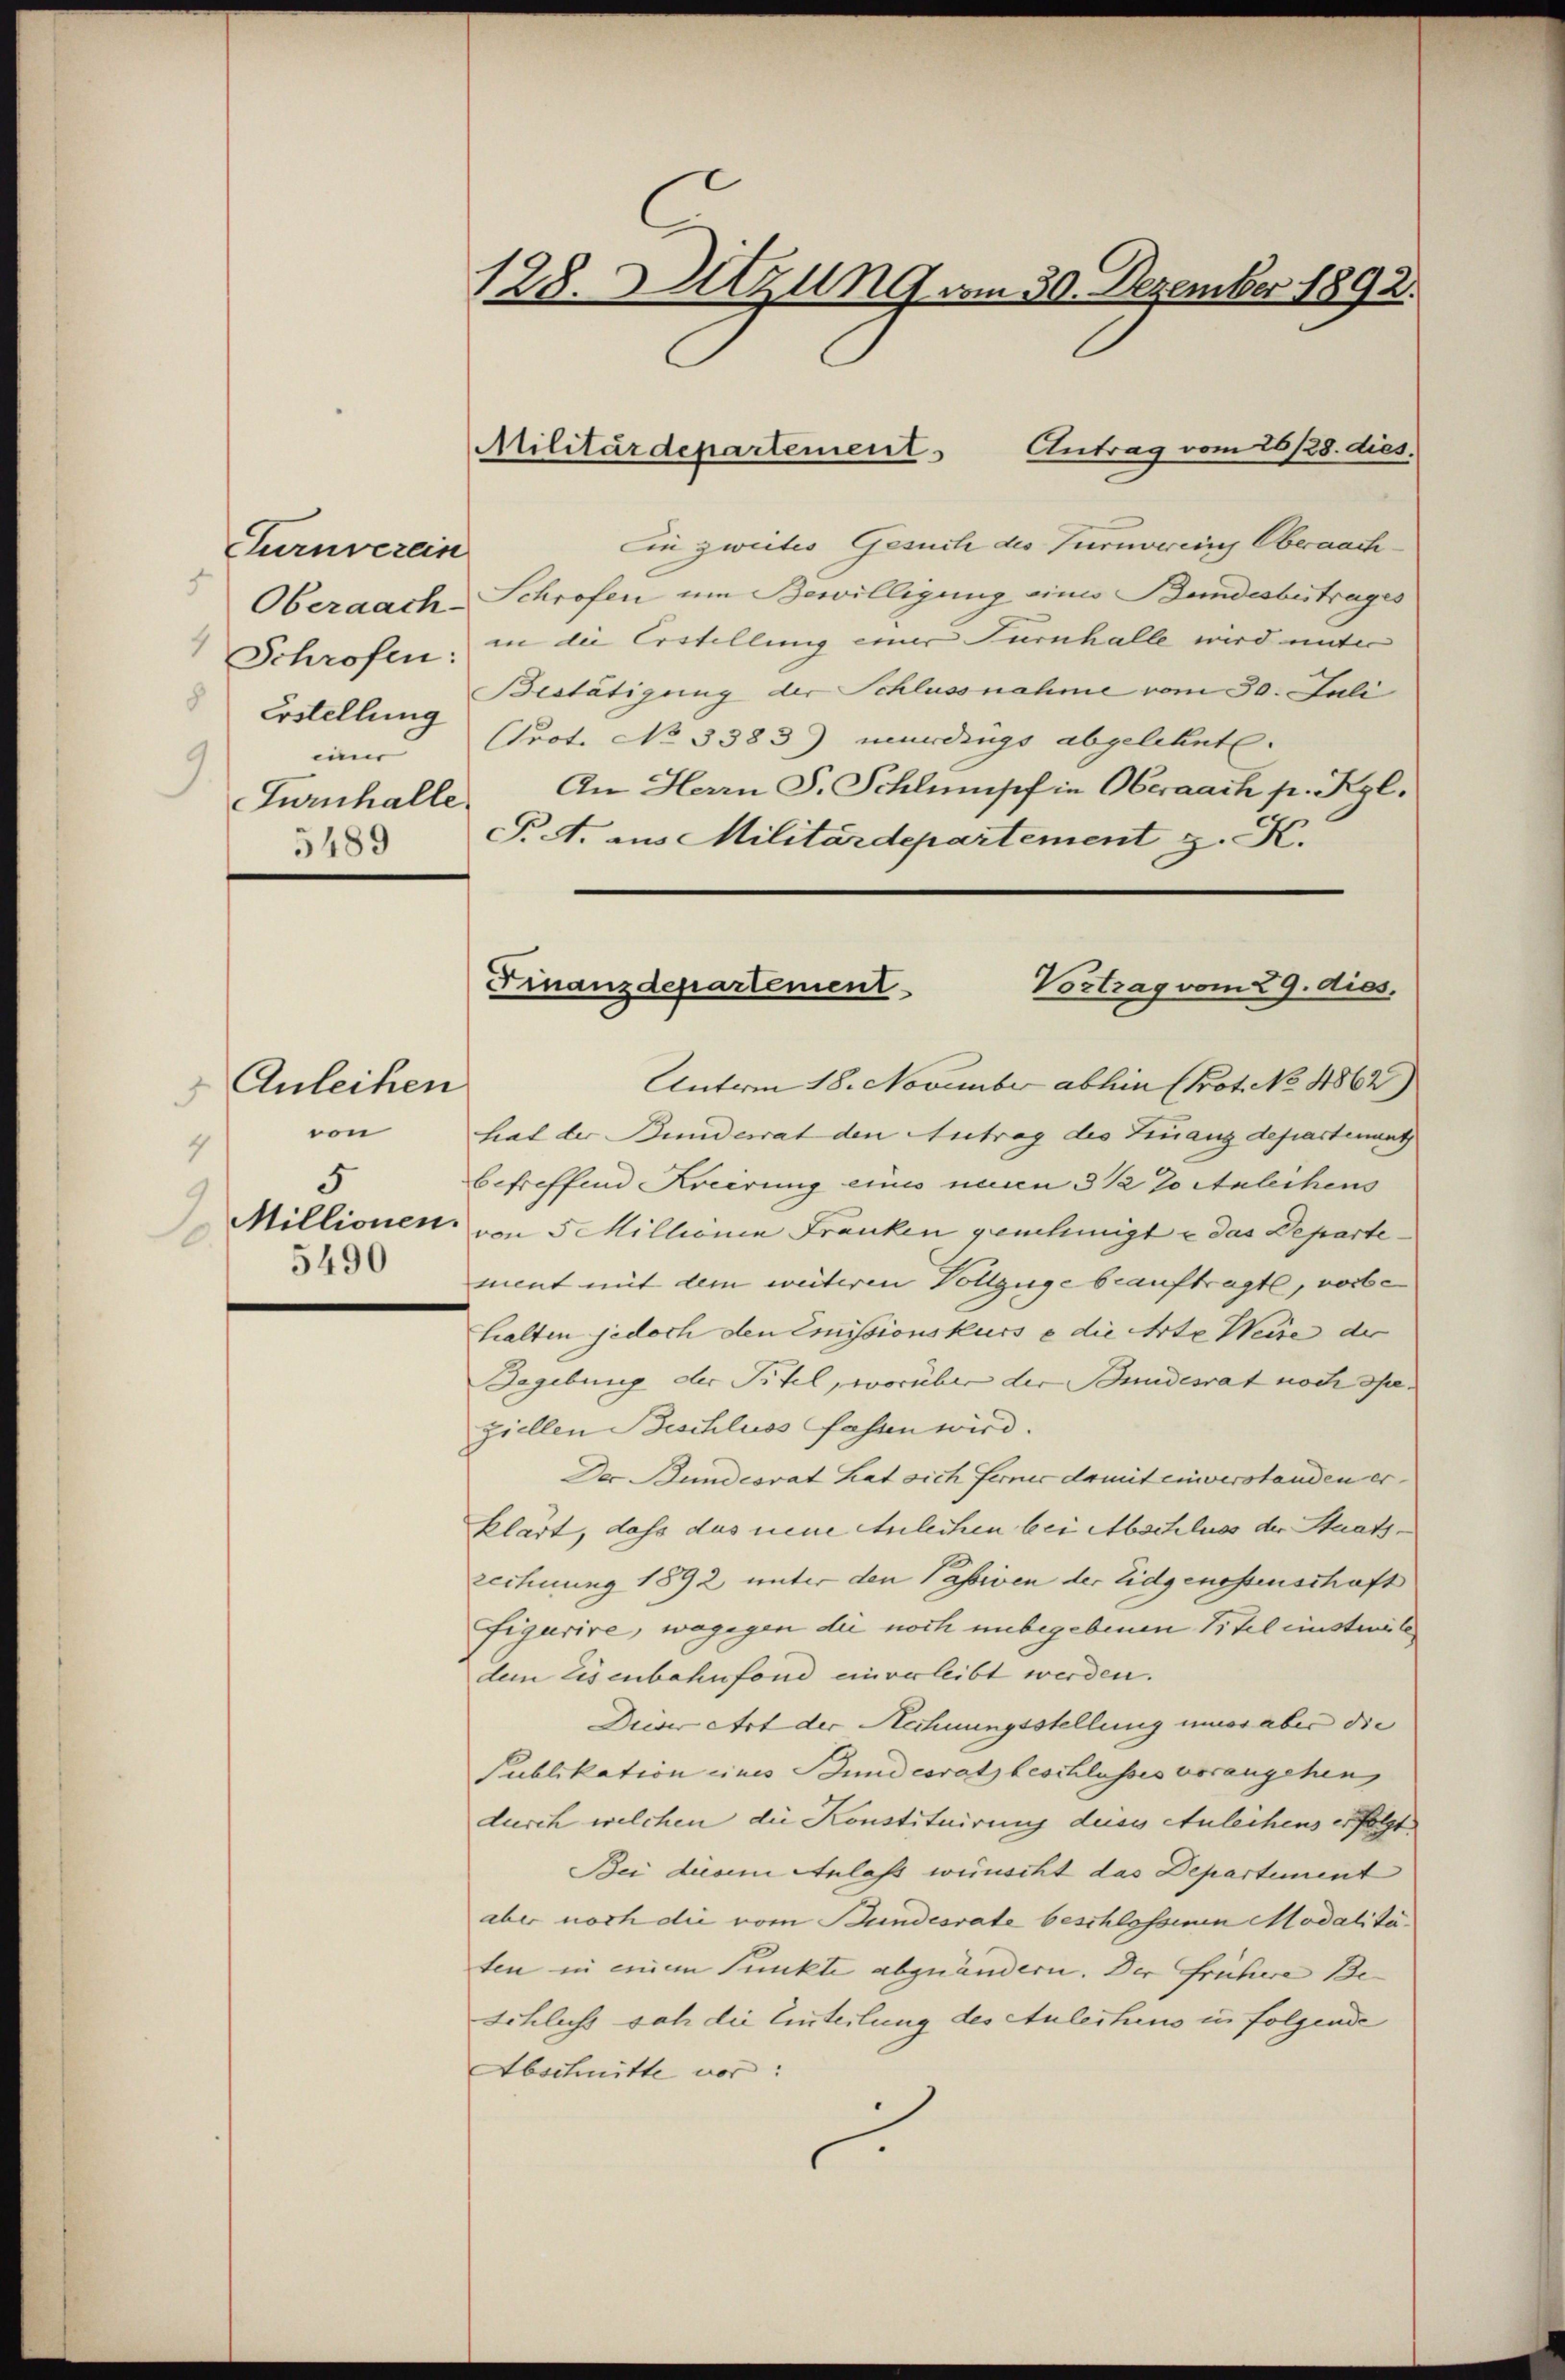
.

Turnverein
Oberaach-
Erstellung
Turnhalle.
5489

Anleihen
von
4
5
2

in zweites Gesuch des Turnvereins Obernach¬
Schrofen um Bewilligung eines Bundesbetrages
Schrofen, in die Erstellung einer Turnhalle wird unter
Bestätigung der Schlussnahme vom 30. Juli
einer Prot. No 3383) wurdings abgelehnt.
An Herrn S. Schlumpf in Oberaach p. Kgl.
P.A. aus Militärdepartement z. K.
Anton 18. November abhin (Prot. No. 1862)
hat der Bunderrat den Antrag des Finang departement
betreffend Kreirung eines neuen 3 ½ 7 Anleihens
Millionen, von 5 Millionen Franken genehmigt u das Departe¬
 ment mit dem weiteren Vollzuge beauftragte, vorbe
halten jedoch den Emissionskurs e die Arte Weise der
Begebung der Titel, worüber der Bundesrat noch daziellen Beschluss fassen wird.
Der Bundesrat hat sich ferner damit einverstanden er
klärt, dass das neue Anleihen bei Abschluss der Staats¬
Lechnung 1892 unter den Passiven der Eidgenossenschaft
figurire, wogegen die noch unbegebenen Titel einsteile
dem Eisenbahnfond einverleibt werden.
Dieser Art der Rechnungsstellung immer aber die
Publikation eines Bundesrath beschlusses vorangehen,
durch welchen die Konstituirung dess Anleihens erfolgt
Bei diesem Anlass wünscht das Departement
aber noch die vom Bundesrate beschlossenen Modalitäten in einem Punkte abzuändern. Der frühere Be- |
Schluss sah die Einteilung des Anleihens in folgende
Abschnitte vor:

128. Sitzung vom 30. Dezember 1892.

Militärdepartement Antrag vom 26/28. dies

Finanzdepartement
Vortrag vom 29. dies.